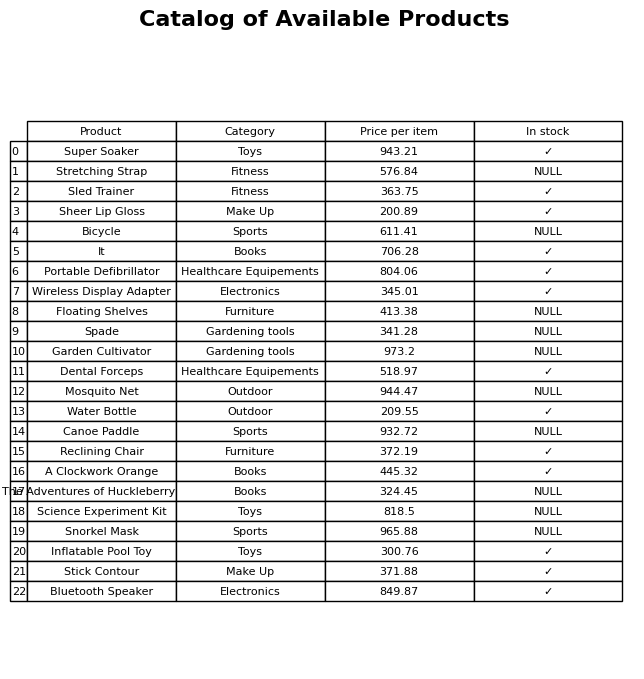
question: Is the Sled Trainer in stock?
answer: ✓